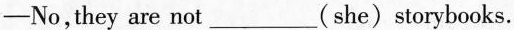
—No，they are not___(she) storybooks.